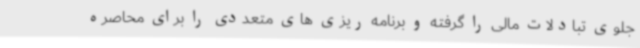
جلوی تبادلات مالی را گرفته و برنامه ریزی های متعددی را برای محاصره